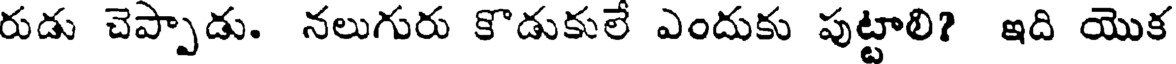
రుడు చెప్పాడు. నలుగురు కొడుకులే ఎందుకు పుట్టాలి? ఇది యొక